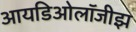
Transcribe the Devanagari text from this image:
आयडिओलॉजीझ